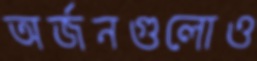
অর্জনগুলোও